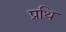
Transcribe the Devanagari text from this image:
प्रथि